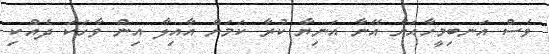
ވެސް އަނބިމީހާއަށް އޭނާ އަނިޔާ ކުރާ ކަމަށް އާއިލާ އިން ވާހަކަ ދެއްކި